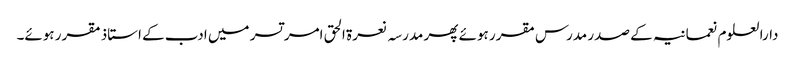
دارالعلوم نعمانیہ کے صدر مدرس مقرر ہوئے پھر مدرسہ نعرۃ الحق امر تسر میں ادب کے استاذ مقرر ہوئے۔